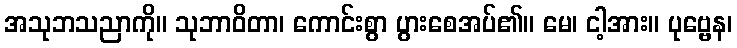
အသုဘသညာကို။ သုဘာဝိတာ၊ ကောင်းစွာ ပွားစေအပ်၏။ မေ၊ ငါ့အား။ ပုဗ္ဗေန၊